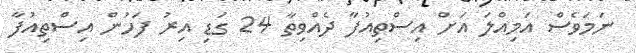
ނަމަވެސް އަމިއްލަ އަށް އިސްތިއުފާ ދެއްވިތާ 24 ގަޑި އިރު ފަހުން އިސްތިއުފާ